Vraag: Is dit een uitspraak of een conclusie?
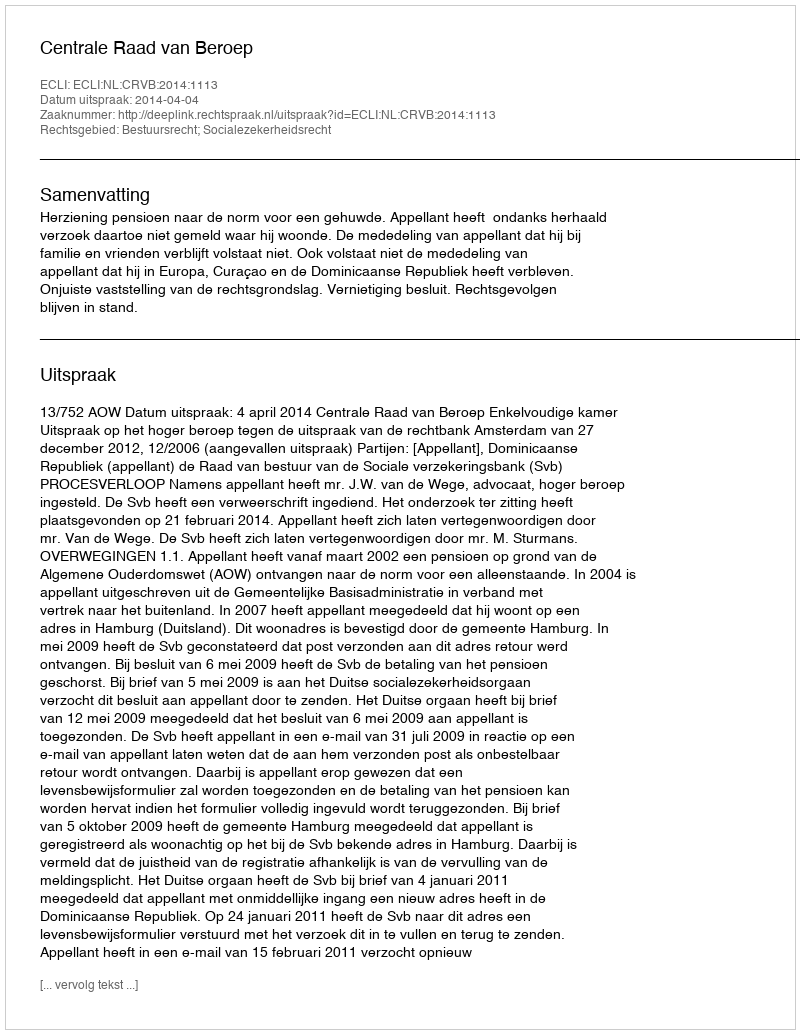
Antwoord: Uitspraak